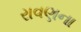
રાવણના